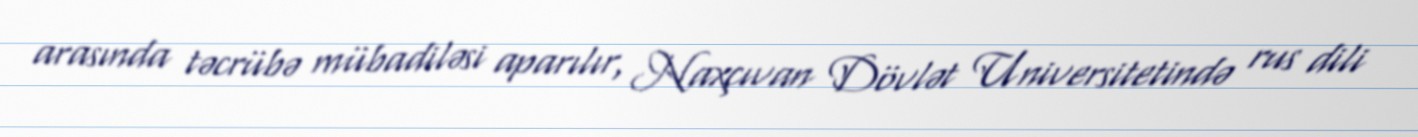
arasında təcrübə mübadiləsi aparılır, Naxçıvan Dövlət Universitetində rus dili